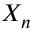
X _ { n }